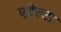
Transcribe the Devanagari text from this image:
एडेल्टा